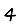
Digit: 4